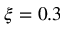
\xi = 0 . 3